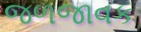
જળજાવક